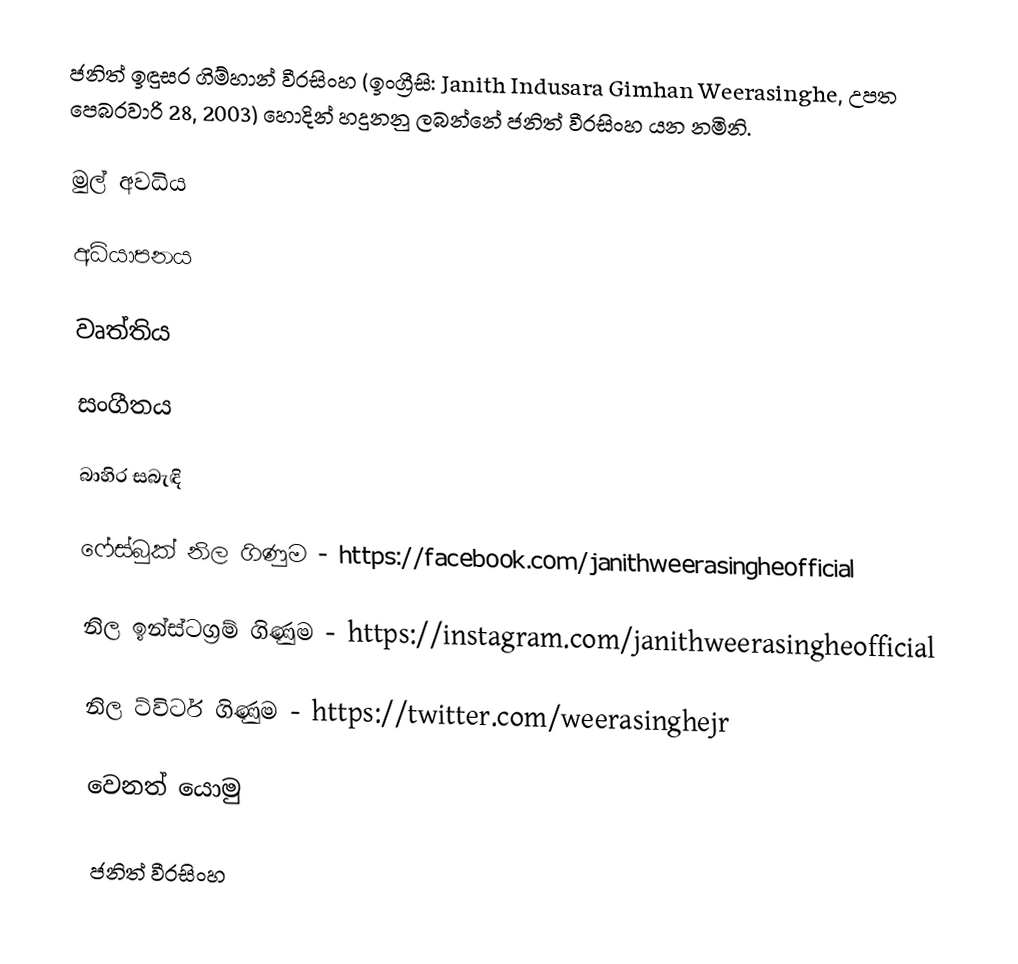
ජනිත් ඉඳුසර ගිම්හාන් වීරසිංහ (ඉංග්‍රීසි: Janith Indusara Gimhan Weerasinghe, උපත පෙබරවාරි 28, 2003) හොදින් හදුනනු ලබන්නේ ජනිත් වීරසිංහ යන නමිනි.

මුල් අවධිය

අධ්යාපනය

වෘත්තිය

සංගීතය

බාහිර සබැඳි

ෆේස්බුක් නිල ගිණුම - https://facebook.com/janithweerasingheofficial

නිල ඉන්ස්ටග්‍රම් ගිණුම - https://instagram.com/janithweerasingheofficial

නිල ට්විටර් ගිණුම - https://twitter.com/weerasinghejr

වෙනත් යොමු

ජනිත් වීරසිංහ